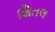
શિતલ